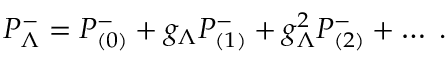
P _ { \Lambda } ^ { - } = P _ { ( 0 ) } ^ { - } + g _ { \Lambda } P _ { ( 1 ) } ^ { - } + g _ { \Lambda } ^ { 2 } P _ { ( 2 ) } ^ { - } + \dots \; .